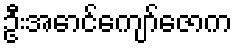
ဦးအောင်ကျော်ဇောက